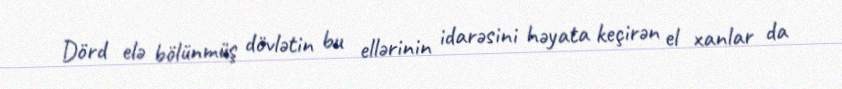
Dörd elə bölünmüş dövlətin bu ellərinin idarəsini həyata keçirən el xanlar da